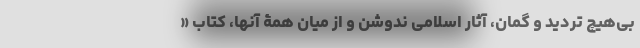
بی‌هیچ تردید و گمان، آثار اسلامی ندوشن و از میان همۀ آنها، کتاب «